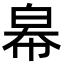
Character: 㡍